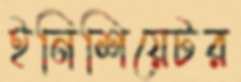
ইনিশিয়েটর